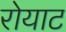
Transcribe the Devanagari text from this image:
रोयाट